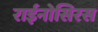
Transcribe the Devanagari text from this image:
राईनोसिरस